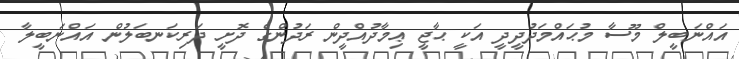
އައްނަބީލް މޫސާ މުޙައްމަދުދީދީ އަކީ ޙާޖީ ޢިމާދުއްދީން ރަދުންގެ ދޮށީ ދަރިކަނބަލުން އައްނަބީލާ